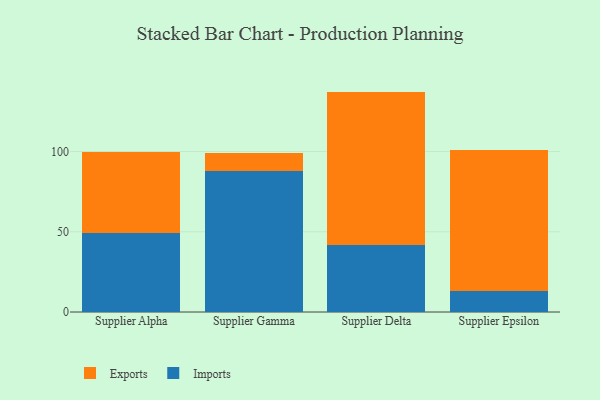
{"axis": {"x": "Supplier", "y": "Backlog"}, "legend": ["Exports", "Imports"], "data": [{"x": "Supplier Alpha", "y": 49.1, "type": "Imports"}, {"x": "Supplier Alpha", "y": 50.5, "type": "Exports"}, {"x": "Supplier Gamma", "y": 88.1, "type": "Imports"}, {"x": "Supplier Gamma", "y": 11.0, "type": "Exports"}, {"x": "Supplier Delta", "y": 41.7, "type": "Imports"}, {"x": "Supplier Delta", "y": 95.7, "type": "Exports"}, {"x": "Supplier Epsilon", "y": 13.1, "type": "Imports"}, {"x": "Supplier Epsilon", "y": 87.6, "type": "Exports"}]}